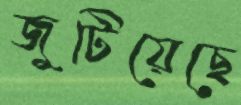
জুটিয়েছে